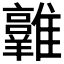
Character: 𩁛